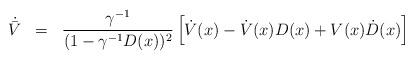
LaTeX: \begin{align*}\begin{array}{rcl}\dot{\bar{V}} &=& \dfrac{ \gamma^{-1}}{(1 - \gamma^{-1}D(x))^{2}}\left[ \dot{V}(x) - \dot{V}(x) D(x) + V(x) \dot{D}(x) \right] \end{array}\end{align*}